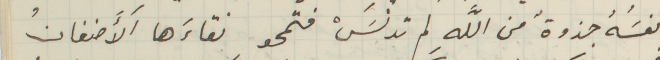
نفسَُهُ جذوةُ من اللهِ لم تدنسَْ فتمحو نقاءَها آلأَضغانُ